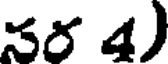
సర 4)